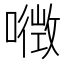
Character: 𡀏